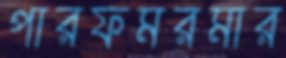
পারফমরমার